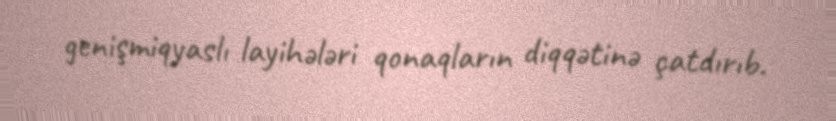
genişmiqyaslı layihələri qonaqların diqqətinə çatdırıb.